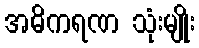
အဓိကရဏ သုံးမျိုး